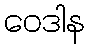
ဝေဒါန